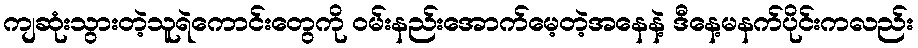
ကျဆုံးသွားတဲ့သူရဲကောင်းတွေကို ဝမ်းနည်းအောက်မေ့တဲ့အနေနဲ့ ဒီနေ့မနက်ပိုင်းကလည်း